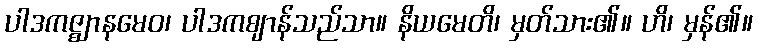
ပါဒကဇ္ဈာနမေဝ၊ ပါဒကဈာန်သည်သာ။ နိယမေတိ၊ မှတ်သား၏။ ဟိ၊ မှန်၏။